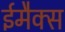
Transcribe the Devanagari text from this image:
ईमैक्स